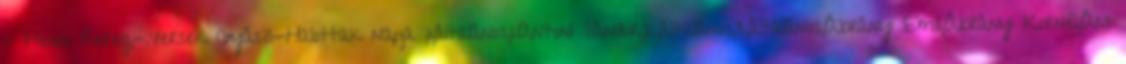
- Helen Bereg,-.Versek Gyász-Halottak napja ,1,általános,1.Antoni Sándor,2,általános,3,általános,Ábrányi Emil,Ábrányi Kornél,Ács